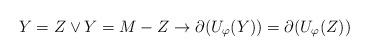
LaTeX: \begin{align*}Y = Z \vee Y = M-Z \rightarrow \partial(U_\varphi(Y)) = \partial(U_\varphi (Z))\end{align*}